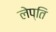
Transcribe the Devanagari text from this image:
लेप्ति